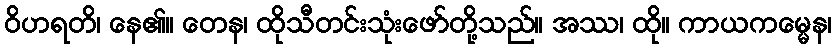
ဝိဟရတိ၊ နေ၏။ တေန၊ ထိုသီတင်းသုံးဖော်တို့သည်။ အဿ၊ ထို။ ကာယကမ္မေန၊